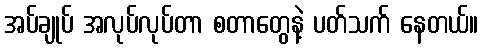
အပ်ချုပ် အလုပ်လုပ်တာ စတာတွေနဲ့ ပတ်သက် နေတယ်။